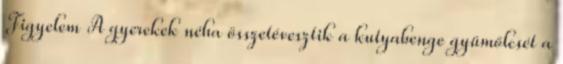
Figyelem A gyerekek néha összetévesztik a kutyabenge gyümölcsét a